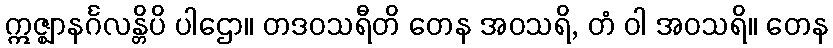
ဣဇ္ဈာနင်္ဂလန္တိပိ ပါဌော။ တဒဝသရီတိ တေန အဝသရိ, တံ ဝါ အဝသရိ။ တေန